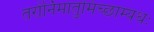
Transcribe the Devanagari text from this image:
तरोर्निमातुमिच्छाम्यधः